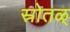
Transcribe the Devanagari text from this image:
स्रोतळ्